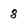
Character: 8